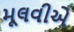
મૂલવીએ